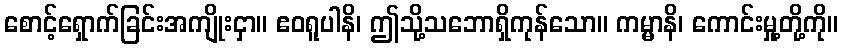
စောင့်ရှောက်ခြင်းအကျိုးငှာ။ ဧဝရူပါနိ၊ ဤသို့သဘောရှိကုန်သော။ ကမ္မာနိ၊ ကောင်းမှု့တို့ကို။